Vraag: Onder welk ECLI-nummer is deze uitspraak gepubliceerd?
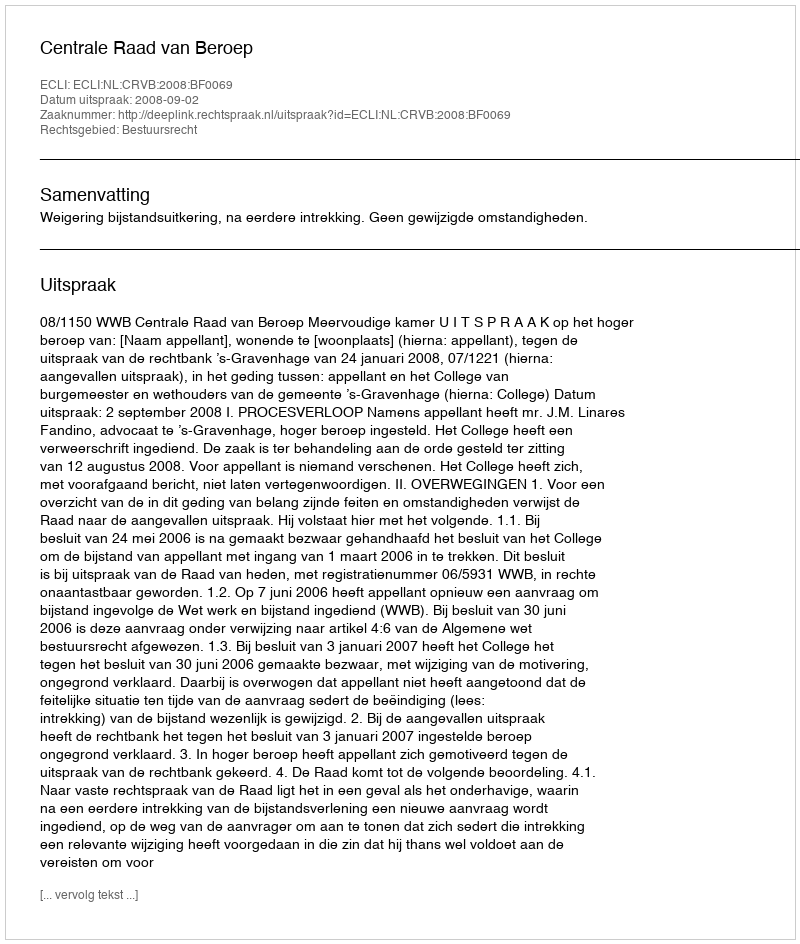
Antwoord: ECLI:NL:CRVB:2008:BF0069